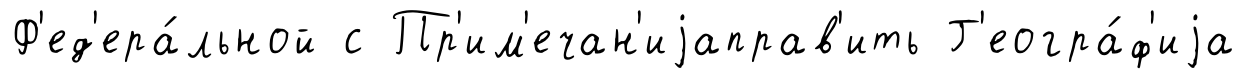
Ф'ед'ера́льной с Пр'им'ечан'иjаправ'ить Г'еогра́ф'иjа